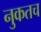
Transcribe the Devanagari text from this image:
नुकतच